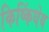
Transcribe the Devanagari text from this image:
किष्किंधेय